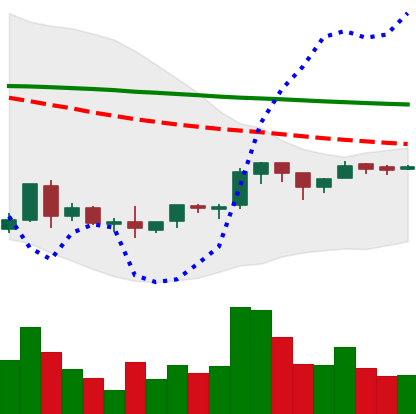
Ticker: BNB-USD
Chart end date: 2018-09-04
Forward return: -16.256%
Label: down_7plus